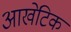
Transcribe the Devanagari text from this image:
आखेटिक